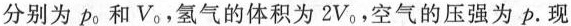
分别为p_{0}和V_{0}，氢气的体积为2V_{0}，空气的压强为p.现